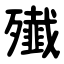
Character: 殱